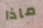
ماذا